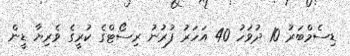
ޑިސެމްބަރު 10 ދުވަހު 40 އަހަރު ފުރުނު ރިސޯޓްގެ ކުރީގެ ވެރިޔާ ޑީން